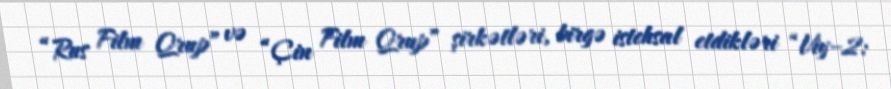
“Rus Film Qrup” və “Çin Film Qrup” şirkətləri, birgə istehsal etdikləri “Viy–2: